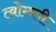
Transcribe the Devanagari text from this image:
त्वोम्ब्ली